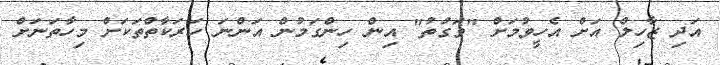
އަދި ޒާހިލް އަށް އެހީވުމަށް "ވަގުތު" އިން ހިންގަމުން އަންނަ ހަރަކާތްތަކަށް މިހާތަނަށް